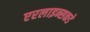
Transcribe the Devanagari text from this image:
एरलाइन्सकडे